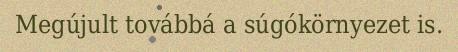
Megújult továbbá a súgókörnyezet is.